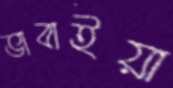
ভাবাইয়া